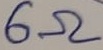
Text: 6Ω